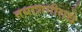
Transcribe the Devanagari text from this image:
तमाशगीराचे